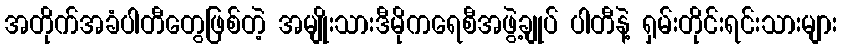
အတိုက်အခံပါတီတွေဖြစ်တဲ့ အမျိုးသားဒီမိုကရေစီအဖွဲ့ချုပ် ပါတီနဲ့ ရှမ်းတိုင်းရင်းသားများ